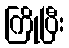
ကြိုပြီး